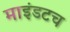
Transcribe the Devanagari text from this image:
माइंडटच